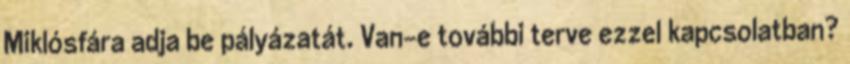
Miklósfára adja be pályázatát. Van-e további terve ezzel kapcsolatban?